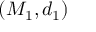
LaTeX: ( M _ { 1 } , d _ { 1 } )